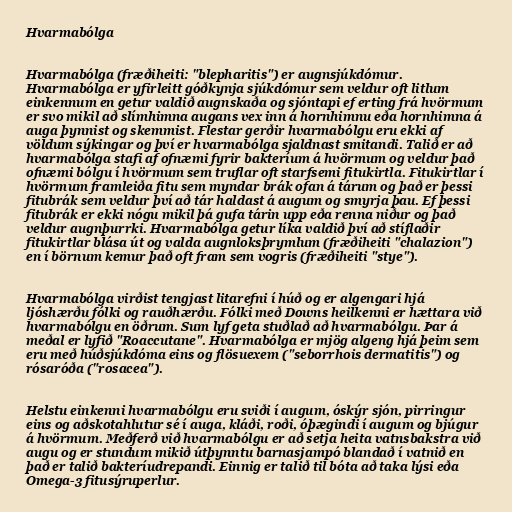
Hvarmabólga

Hvarmabólga (fræðiheiti: "blepharitis") er augnsjúkdómur.
Hvarmabólga er yfirleitt góðkynja sjúkdómur sem veldur oft litlum
einkennum en getur valdið augnskaða og sjóntapi ef erting frá hvörmum
er svo mikil að slímhimna augans vex inn á hornhimnu eða hornhimna á
auga þynnist og skemmist. Flestar gerðir hvarmabólgu eru ekki af
völdum sýkingar og því er hvarmabólga sjaldnast smitandi. Talið er að
hvarmabólga stafi af ofnæmi fyrir bakteríum á hvörmum og veldur það
ofnæmi bólgu í hvörmum sem truflar oft starfsemi fitukirtla. Fitukirtlar í
hvörmum framleiða fitu sem myndar brák ofan á tárum og það er þessi
fitubrák sem veldur því að tár haldast á augum og smyrja þau. Ef þessi
fitubrák er ekki nógu mikil þá gufa tárin upp eða renna niður og það
veldur augnþurrki. Hvarmabólga getur líka valdið því að stíflaðir
fitukirtlar blása út og valda augnloksþrymlum (fræðiheiti "chalazion")
en í börnum kemur það oft fram sem vogris (fræðiheiti "stye").

Hvarmabólga virðist tengjast litarefni í húð og er algengari hjá
ljóshærðu fólki og rauðhærðu. Fólki með Downs heilkenni er hættara við
hvarmabólgu en öðrum. Sum lyf geta stuðlað að hvarmabólgu. Þar á
meðal er lyfið "Roaccutane". Hvarmabólga er mjög algeng hjá þeim sem
eru með húðsjúkdóma eins og flösuexem ("seborrhois dermatitis") og
rósaróða ("rosacea").

Helstu einkenni hvarmabólgu eru sviði í augum, óskýr sjón, pirringur
eins og aðskotahlutur sé í auga, kláði, roði, óþægindi í augum og bjúgur
á hvörmum. Meðferð við hvarmabólgu er að setja heita vatnsbakstra við
augu og er stundum mikið útþynntu barnasjampó blandað í vatnið en
það er talið bakteríudrepandi. Einnig er talið til bóta að taka lýsi eða
Omega-3 fitusýruperlur.